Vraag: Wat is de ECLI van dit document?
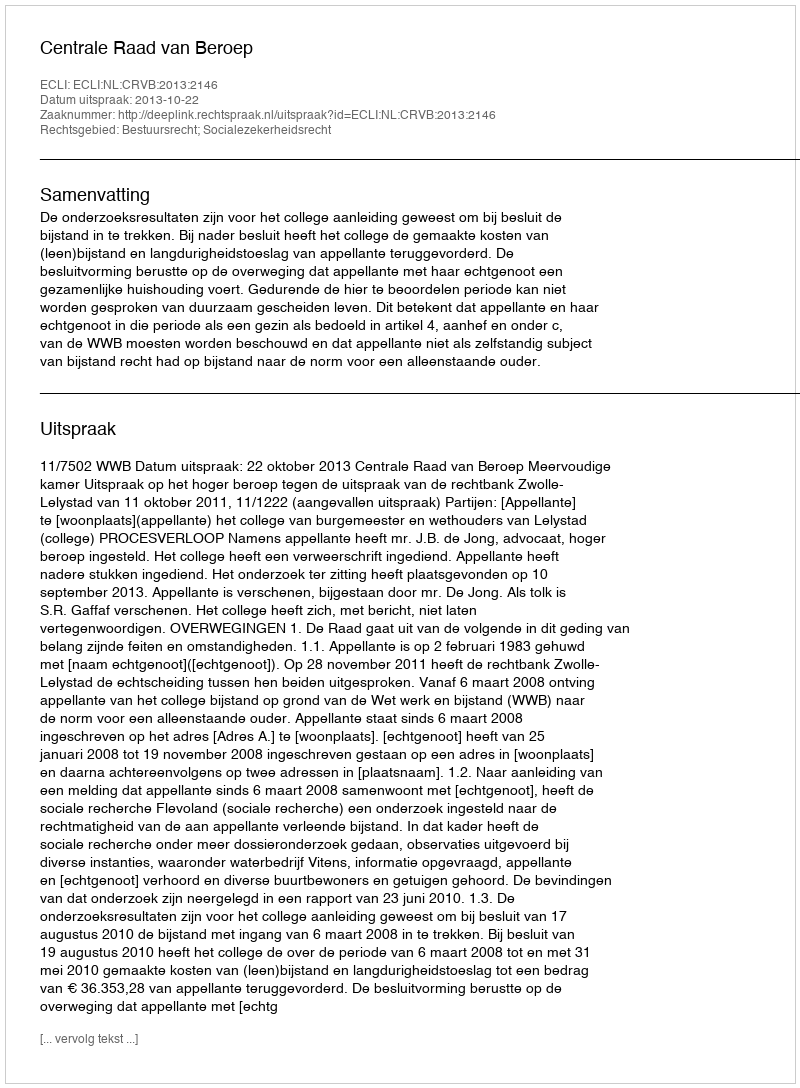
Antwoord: ECLI:NL:CRVB:2013:2146